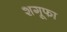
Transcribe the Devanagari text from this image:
शगूफा